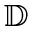
\mathbb { D }